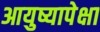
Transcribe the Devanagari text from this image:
आयुष्यापेक्षा